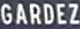
GARDEZ